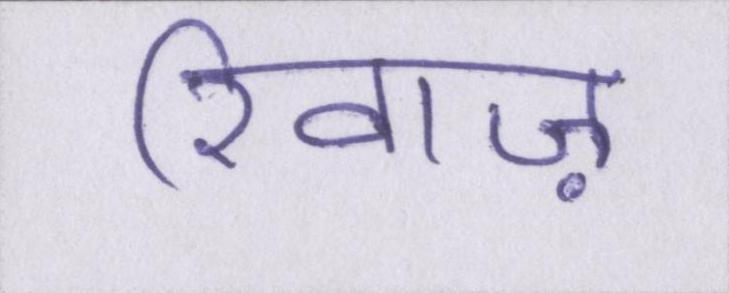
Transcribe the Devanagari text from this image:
रिवाज़